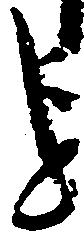
を